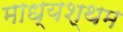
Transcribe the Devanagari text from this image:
माध्यश्थम